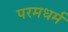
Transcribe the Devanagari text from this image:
परमधर्म